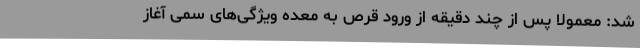
شد: معمولاً پس از چند دقیقه از ورود قرص به معده ویژگی‌های سمی آغاز